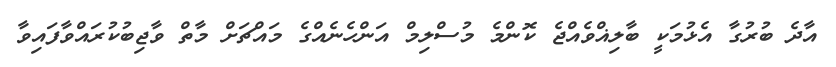
އާދެ ބުރުގާ އެޅުމަކީ ބާލިޣްވެއްޖެ ކޮންމެ މުސްލިމް އަންހެނެއްގެ މައްޗަށް މާތް ވާޖިބުކުރައްވާފައިވާ